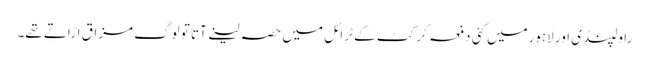
راولپنڈی اور لاہورمیں کئی دفعہ کرکٹ کے ٹرائل میں حصہ لینے آتا تو لوگ مزاق اڑاتے تھے۔